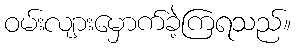
ဝမ်းလျားမှောက်ခဲ့ကြရသည်။